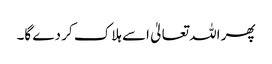
پھر اللہ تعالیٰ اسے ہلاک کر دے گا۔